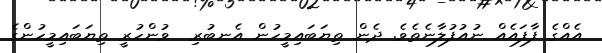
އެއްގެ ފާފައެއް ނުއުފުލާނެތެވެ. ދެން ތިޔަބައިމީހުން އެނބުރި  ވުންހުރީ ތިޔަބައިމީހުންގެ